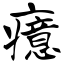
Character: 癔